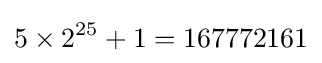
5\times 2^{25}+1=167772161